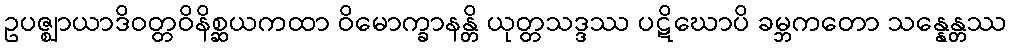
ဥပဇ္ဈာယာဒိဝတ္တဝိနိစ္ဆယကထာ ဝိမောက္ခာနန္တိ ယုတ္တသဒ္ဒဿ ပဋိဃောပိ ခမ္ဘကတော သန္နေန္တဿ